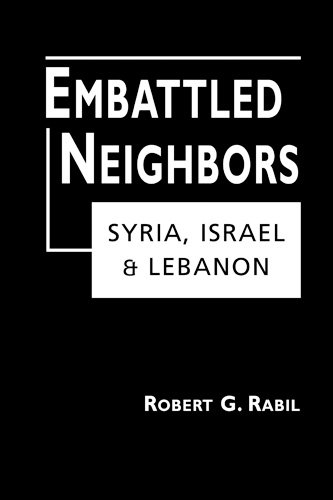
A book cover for Embattled Neighbors: Syria, Israel, and Lebanon; Robert G. Rabil; History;